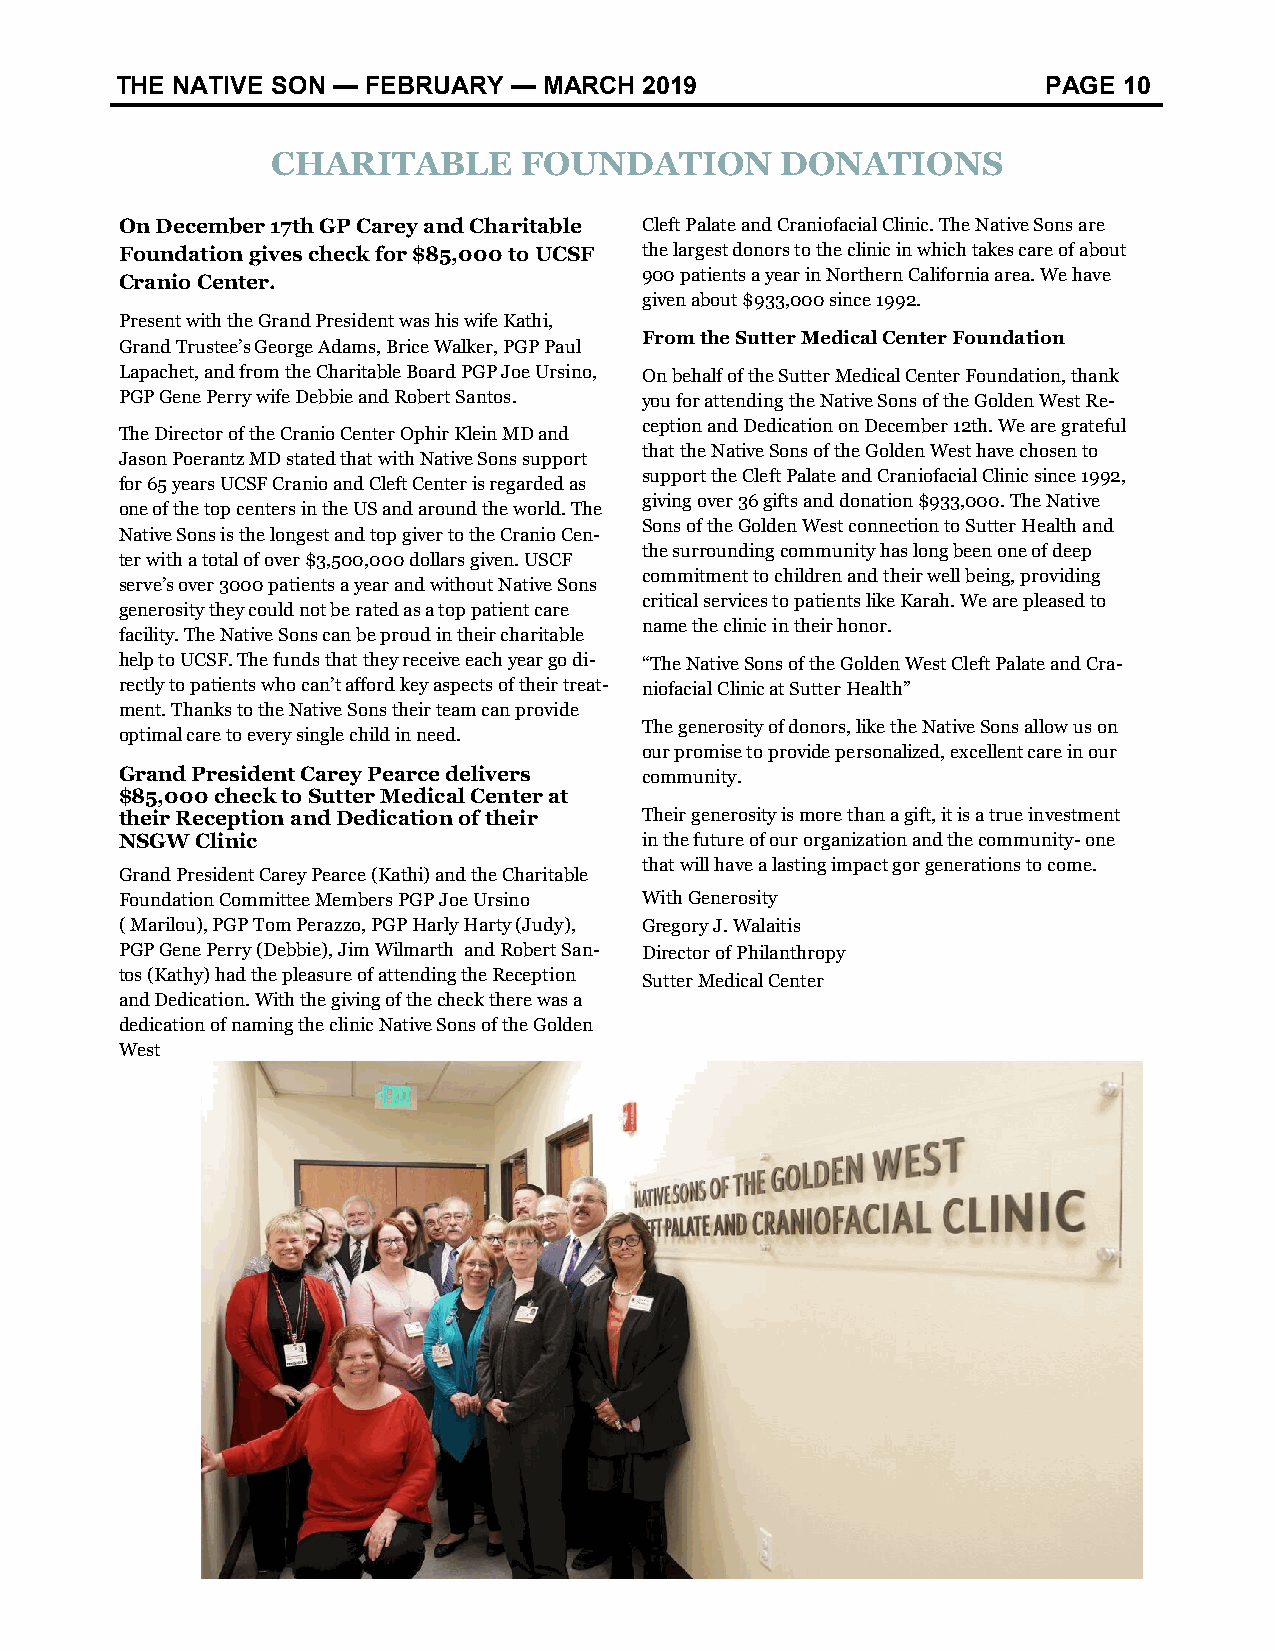
THE NATIVE SON — FEBRUARY — MARCH  2019                      PAGE 10
 CHARITABLE      FOUNDATION        DONATIONS
 On December 17th GP Carey and Charitable Cleft Palate and Craniofacial Clinic. The Native Sons are
 Foundation gives check for $85,000 to UCSF the largest donors to the clinic in which takes care of about
 Cranio Center.                     900 patients a year in Northern California area. We have
 given about $933,000 since 1992.
 Present with the Grand President was his wife Kathi,
 From the Sutter Medical Center Foundation
 Grand Trustee’s George Adams, Brice Walker, PGP Paul
 Lapachet, and from the Charitable Board PGP Joe Ursino, On behalf of the Sutter Medical Center Foundation, thank
 PGP Gene Perry wife Debbie and Robert Santos. you for attending the Native Sons of the Golden West Re-
 ception and Dedication on December 12th. We are grateful
 The Director of the Cranio Center Ophir Klein MD and
 that the Native Sons of the Golden West have chosen to
 Jason Poerantz MD stated that with Native Sons support
 support the Cleft Palate and Craniofacial Clinic since 1992,
 for 65 years UCSF Cranio and Cleft Center is regarded as
 giving over 36 gifts and donation $933,000. The Native
 one of the top centers in the US and around the world. The
 Sons of the Golden West connection to Sutter Health and
 Native Sons is the longest and top giver to the Cranio Cen-
 the surrounding community has long been one of deep
 ter with a total of over $3,500,000 dollars given. USCF
 commitment to children and their well being, providing
 serve’s over 3000 patients a year and without Native Sons
 critical services to patients like Karah. We are pleased to
 generosity they could not be rated as a top patient care
 name the clinic in their honor.
 facility. The Native Sons can be proud in their charitable
 help to UCSF. The funds that they receive each year go di- “The Native Sons of the Golden West Cleft Palate and Cra-
 rectly to patients who can’t afford key aspects of their treat- niofacial Clinic at Sutter Health”
 ment. Thanks to the Native Sons their team can provide
 The generosity of donors, like the Native Sons allow us on
 optimal care to every single child in need.
 our promise to provide personalized, excellent care in our
 Grand President Carey Pearce delivers community.
 $85,000 check to Sutter Medical Center at
 their Reception and Dedication of their Their generosity is more than a gift, it is a true investment
 NSGW Clinic                        in the future of our organization and the community- one
 that will have a lasting impact gor generations to come.
 Grand President Carey Pearce (Kathi) and the Charitable
 Foundation Committee Members PGP Joe Ursino With Generosity
 ( Marilou), PGP Tom Perazzo, PGP Harly Harty (Judy), Gregory J. Walaitis
 PGP Gene Perry (Debbie), Jim Wilmarth and Robert San- Director of Philanthropy
 tos (Kathy) had the pleasure of attending the Reception Sutter Medical Center
 and Dedication. With the giving of the check there was a
 dedication of naming the clinic Native Sons of the Golden
 West